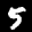
Label: 5